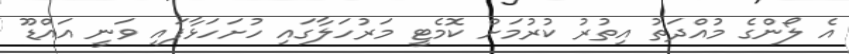
އެ ލޯންގެ މުއްދަތު އިތުރު ކުރުމަށް ކޮމެޓީ މަރުހަލާގައި ހުށަހަޅާފައި ވަނީ އައްޑޫ